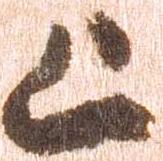
上